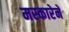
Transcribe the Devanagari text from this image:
मस्कारेने